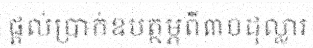
ផ្តល់ប្រាក់ឧបត្ថម្ភពី៣០ដុល្លារ